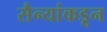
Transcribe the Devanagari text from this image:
सैन्यांकडून